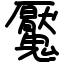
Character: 魘